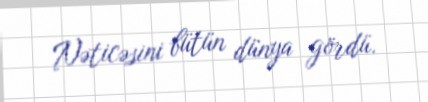
Nəticəsini bütün dünya gördü.